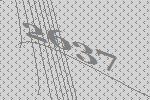
2637